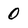
Character: 0